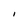
Character: I